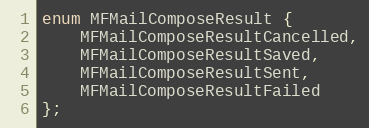
Language: C
enum MFMailComposeResult {
    MFMailComposeResultCancelled,
    MFMailComposeResultSaved,
    MFMailComposeResultSent,
    MFMailComposeResultFailed
};